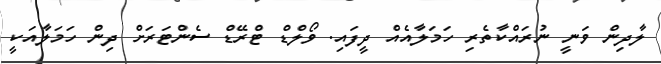
ލާދިން ވަނީ ނުރައްކާތެރި ހަމަލާއެއް ދީފައި. ވޯލްޑް ޓްރޭޑް ސެންޓަރަށް ދިން ހަމަލާއަކީ